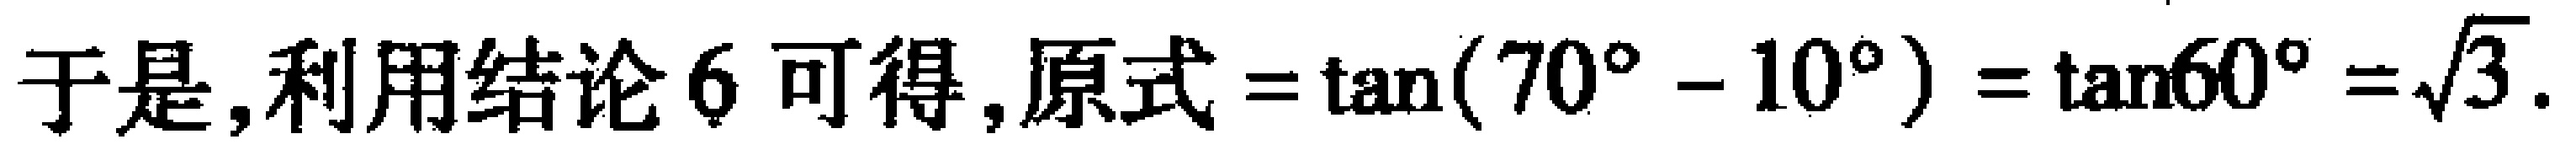
于是, 利用结论 6 可得, 原式$=\tan(70^{\circ}-10^{\circ})=\tan60^{\circ}=\sqrt{3}$.